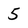
Character: 5